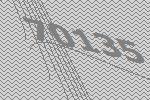
70135